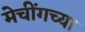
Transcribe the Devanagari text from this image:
मेचींगच्या